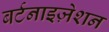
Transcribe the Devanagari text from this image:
बर्टनाइज़ेशन